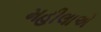
મહીલાએ